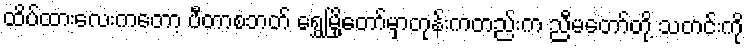
ထိပ်ထားလေးကတော့ ပီတာစဘတ် ရွှေမြို့တော်မှာတုန်းကတည်းက ညီမတော်တို့ သတင်းကို